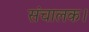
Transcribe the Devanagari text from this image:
संचालक।